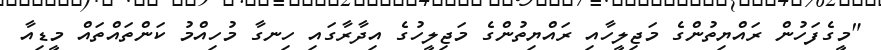
"މީގެފަހުން ރައްޔިތުންގެ މަޖިލީހާއި ރައްޔިތުންގެ މަޖިލީހުގެ އިދާރާގައި ހިނގާ މުހިއްމު ކަންތައްތައް މީޑިއާ